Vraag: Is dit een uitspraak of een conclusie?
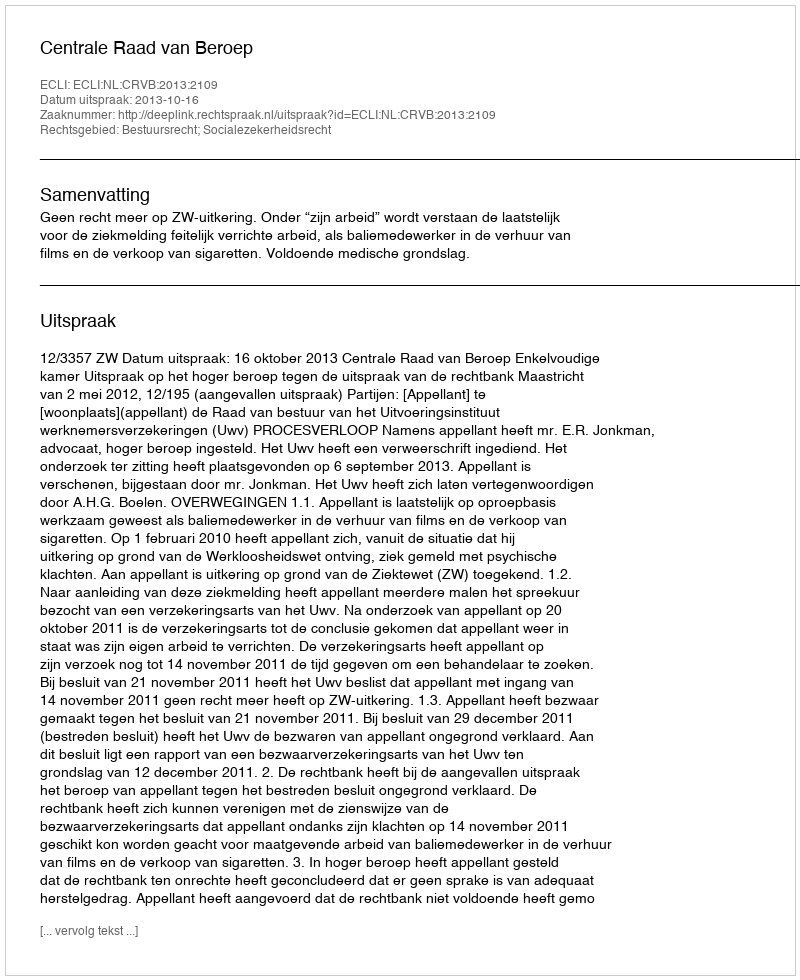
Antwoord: Uitspraak